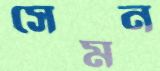
সেমন